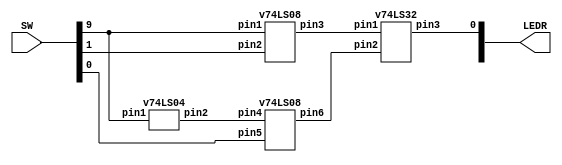
`timescale 1ns / 1ns // `timescale time_unit/time_precision

module muxGates(SW, LEDR);
	input [9:0] SW;
   	output [9:0] LEDR;

	wire w1, w2, w3;

	v74LS04 u0(.pin1(SW[9]), .pin2(w1)); //Hex INVERTER
	v74LS08 u1(.pin1(SW[9]), .pin2(SW[1]), .pin3(w2)); //Quad 2-input AND
	v74LS08 u2(.pin4(w1), .pin5(SW[0]), .pin6(w3)); //Quad 2-input AND
	v74LS32 u3(.pin1(w2), .pin2(w3), .pin3(LEDR[0])); //Quad 2-input OR


endmodule

module v74LS08(pin1, pin2, pin3, pin4, pin5, pin6); //AND
	input pin1, pin2, pin4, pin5;
	output pin3, pin6;
	
	assign pin3 = pin1 & pin2; 
	assign pin6 = pin4 & pin5;
	
endmodule

module v74LS32(pin1, pin2, pin3); //OR
	input pin1, pin2;
	output pin3;
	
	assign pin3 = pin1 | pin2;

endmodule

module v74LS04(pin1, pin2); //NOT
	input pin1;
	output pin2;
	
	assign pin2 = ~pin1;

endmodule